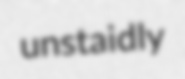
unstaidly